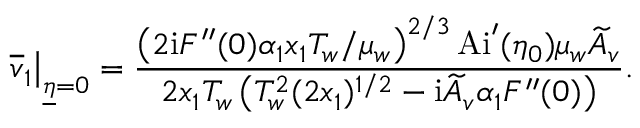
\left. \overline { { v } } _ { 1 } \right\vert _ { \underline { { \eta } } = 0 } = \frac { \left( 2 \mathrm { i } F ^ { \prime \prime } ( 0 ) \alpha _ { 1 } x _ { 1 } T _ { w } / \mu _ { w } \right) ^ { 2 / 3 } \mathrm { A i } ^ { \prime } ( \eta _ { 0 } ) \mu _ { w } \widetilde A _ { v } } { 2 x _ { 1 } T _ { w } \left( T _ { w } ^ { 2 } ( 2 x _ { 1 } ) ^ { 1 / 2 } - \mathrm { i } \widetilde A _ { v } \alpha _ { 1 } F ^ { \prime \prime } ( 0 ) \right) } .